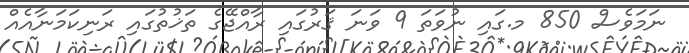
ނަމަވެސް 850 މ.ގައި ނުވަތަ 9 ވަނަ ޤަރުގައި ރާއްޖޭގެ ތަޚުތުގައި ރަނިކަމަނާއެއް